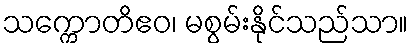
သက္ကောတိဧဝ၊ မစွမ်းနိုင်သည်သာ။